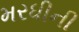
મરધીની